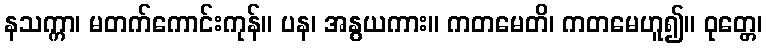
နသက္ကာ၊ မတက်ကောင်းကုန်။ ပန၊ အနွယကား။ ကတမေတိ၊ ကတမေဟူ၍။ ဝုတ္တေ၊